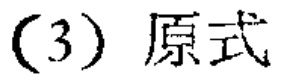
(3) 原式